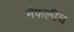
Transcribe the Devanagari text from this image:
मैफलीच